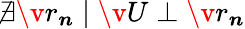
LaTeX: \nexists\v{r}_{\boldsymbol{n}}\mid\v{U}\perp\v{r}_{\boldsymbol{n}}